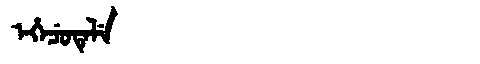
Manchu: ᡝᡥᡝᠴᡠᡨᡝᠯᡝ
Romanization: EHECUTELE